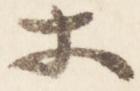
等